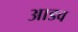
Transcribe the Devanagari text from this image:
आडव